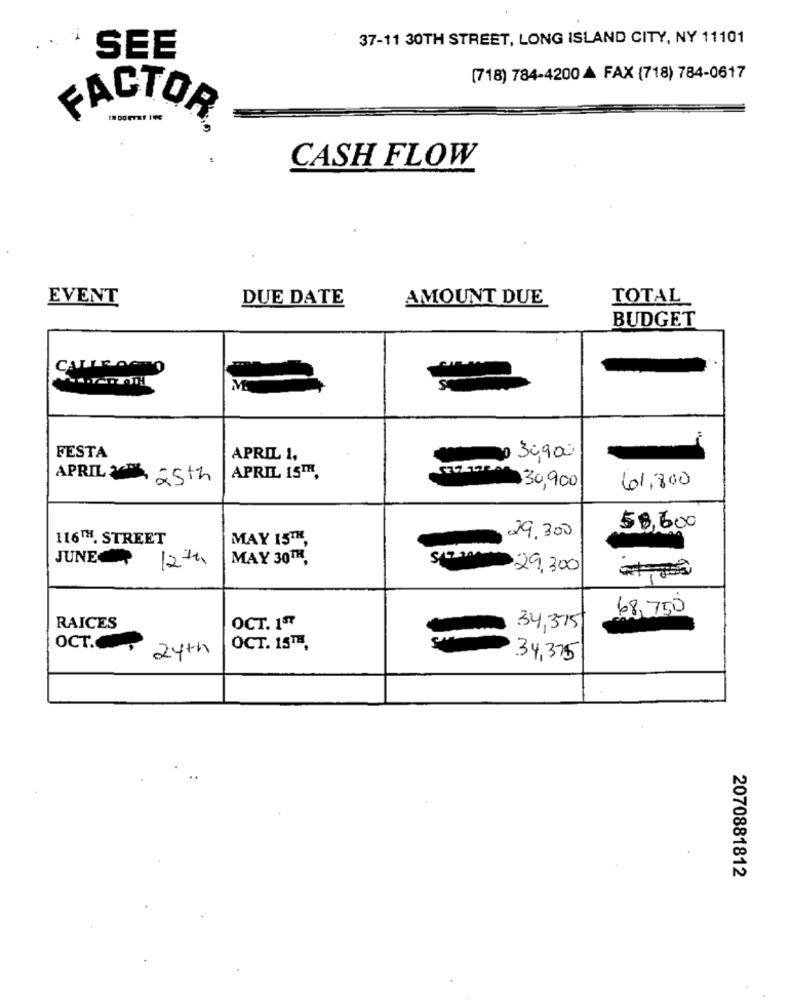
37-11 30TH STREET, LONG ISLAND CITY, NY 11101
SEE
(718) 784-4200 A FAX (718) 784-0617
FACTOR
CASH FLOW
EVENT
DUE DATE
AMOUNT DUE
TOTAL
BUDGET
CALLEOCHO
M
FESTA
APRIL 1,
30,900
APRIL 25th
APRIL 15TH,
30,900
61,800
58,600
116TH. STREET
MAY 15TH,
29.300
JUNE
12th
MAY 30TH,
29.300
68,750
RAICES
OCT. 1ª7
34,3515
OCT .,
24th
OCT. 15TH,
34,375
2070881812